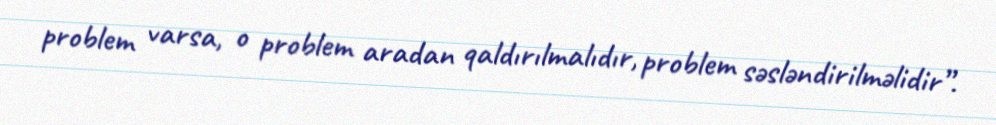
problem varsa, o problem aradan qaldırılmalıdır, problem səsləndirilməlidir”.